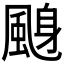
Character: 𱃁